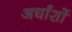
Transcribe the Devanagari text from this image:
अर्धांशों